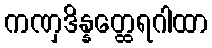
ကဏှဒိန္နတ္ထေရဂါထာ